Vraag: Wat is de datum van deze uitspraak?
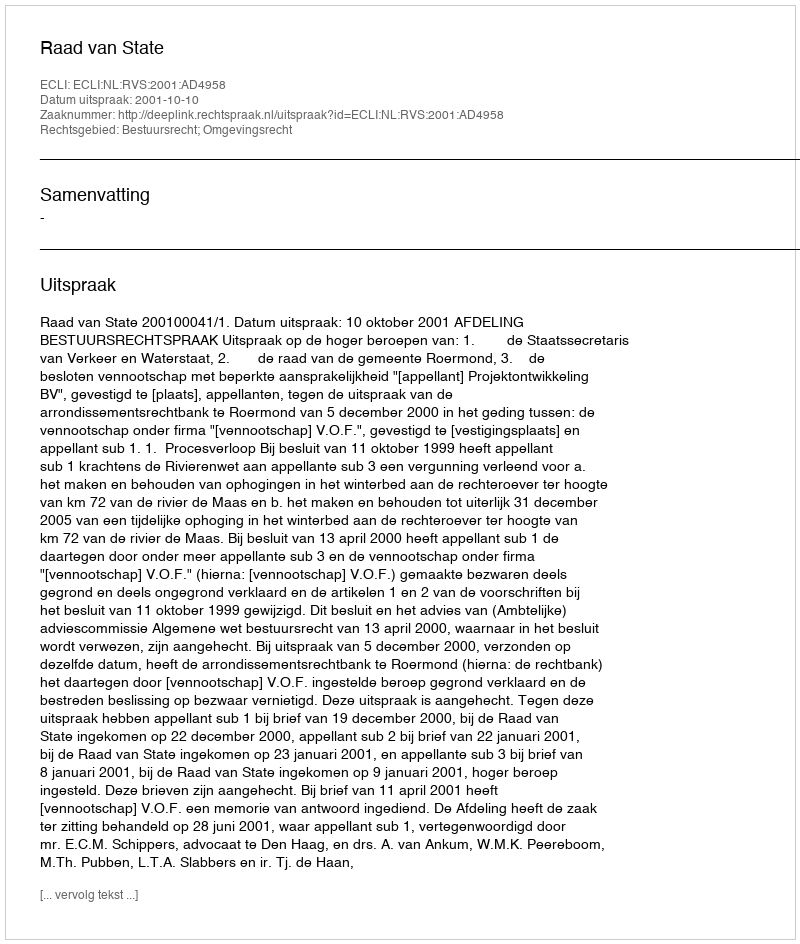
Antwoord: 2001-10-10